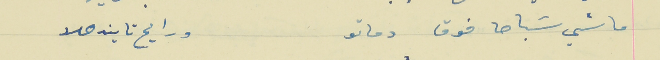
ماشي سَباحا فوق دماتو                                                   ورايح تايندهلا